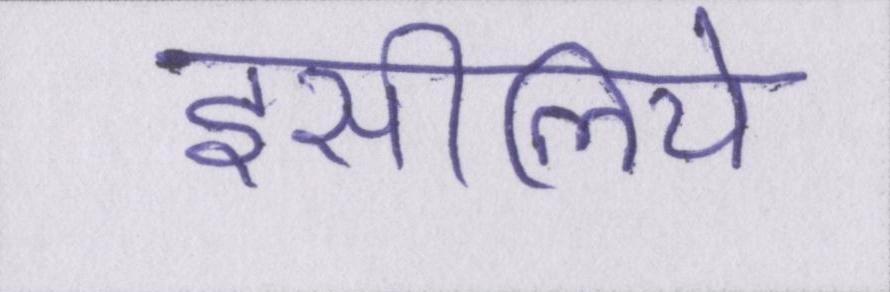
इसीलिये